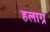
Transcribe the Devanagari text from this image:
हलाग्र